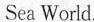
Sea World.